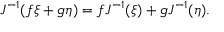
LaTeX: J ^ { - 1 } ( f \xi + g \eta ) = f J ^ { - 1 } ( \xi ) + g J ^ { - 1 } ( \eta ) .